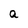
Character: a